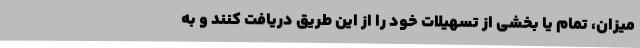
میزان، تمام یا بخشی از تسهیلات خود را از این طریق دریافت کنند و به